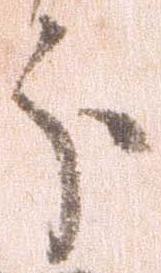
分